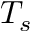
T _ { s }